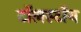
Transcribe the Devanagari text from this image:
टॉलस्‍टॉय